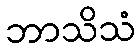
ဘာသိသံ